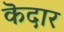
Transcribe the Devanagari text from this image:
कॆदार